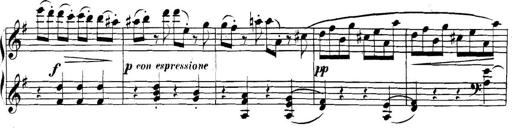
Title: Collected Piano Sonatas
Composer: Muzio Clementi